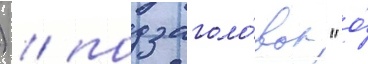
) / подзаголо́вок "о́